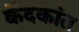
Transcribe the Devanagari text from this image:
केंदकांत